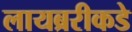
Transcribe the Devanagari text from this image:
लायब्ररीकडे